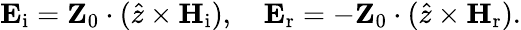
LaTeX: \mathbf{E}_{\mathrm{i}}=\mathbf{Z}_{0}\cdot(\hat{z}\times\mathbf{H}_{\mathrm{i}}),\quad\mathbf{E}_{\mathrm{r}}=-\mathbf{Z}_{0}\cdot(\hat{z}\times\mathbf{H}_{\mathrm{r}}).